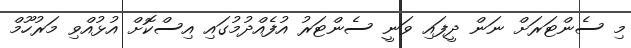
މި ސެންޓަރަށް ނަން ދީފައި ވަނީ ސެންޓަރު އުފެއްދުމުގައި އިސްކޮށް އުޅުއްވި މަރުހޫމް